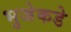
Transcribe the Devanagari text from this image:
भुजेकडे